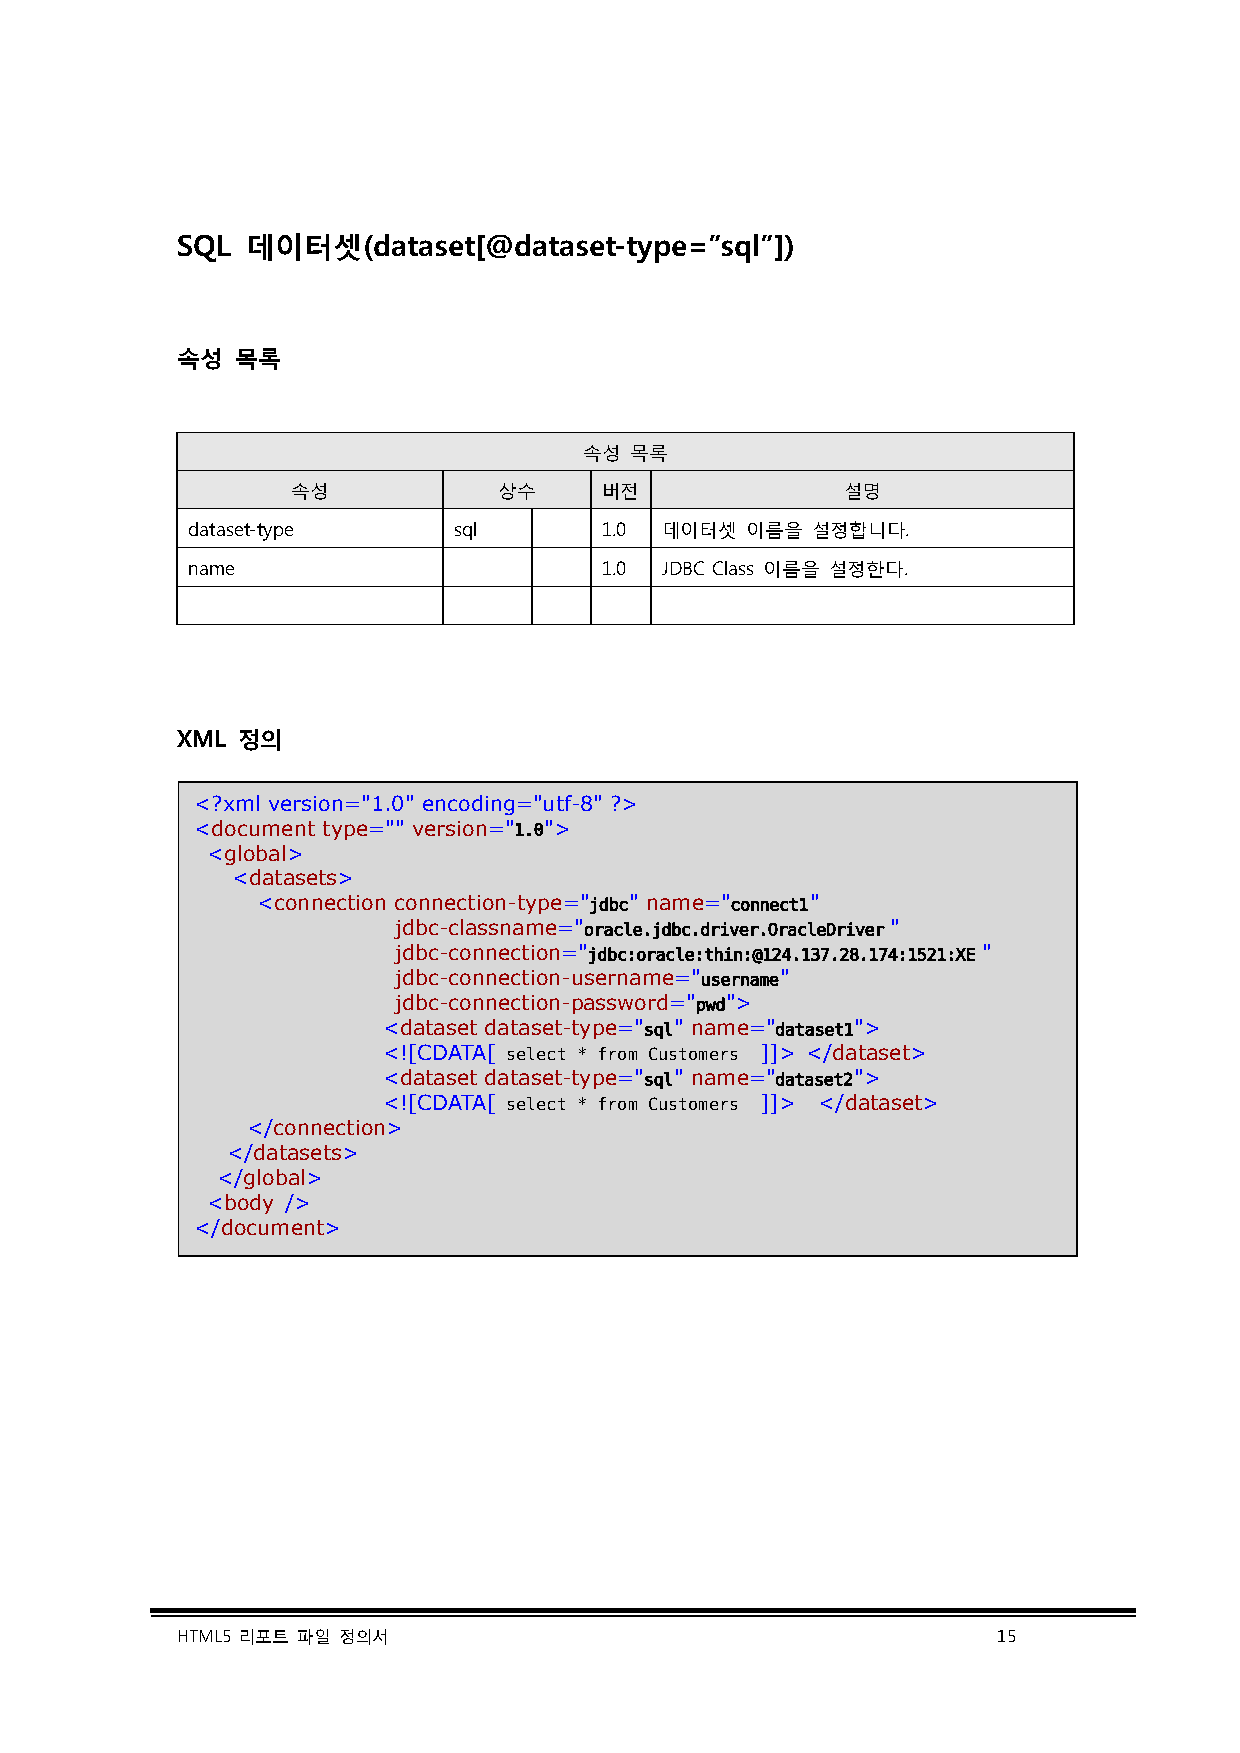
SQL 데이터셋(dataset[@dataset-type=”sql”])
 속성  목록
 속성 목록
 속성            상수     버전              설명
 dataset-type      sql       1.0 데이터셋 이름을  설정합니다.
 name                        1.0 JDBC Class 이름을 설정한다.
 XML 정의
 <?xml version="1.0" encoding="utf-8" ?>
 <document type="" version="1.0">
 <global>
 <datasets>
 <connection connection-type="jdbc" name="connect1"
 jdbc-classname="oracle.jdbc.driver.OracleDriver"
 jdbc-connection="jdbc:oracle:thin:@124.137.28.174:1521:XE "
 jdbc-connection-username="username"
 jdbc-connection-password="pwd">
 <dataset dataset-type="sql" name="dataset1">
 <![CDATA[ select * from Customers ]]> </dataset>
 <dataset dataset-type="sql" name="dataset2">
 <![CDATA[ select * from Customers ]]> </dataset>
 </connection>
 </datasets>
 </global>
 <body />
 </document>
 HTML5 리포트 파일 정의서                                      15